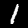
Label: 1